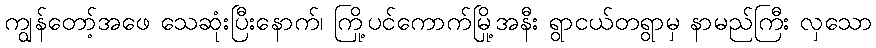
ကျွန်တော့်အဖေ သေဆုံးပြီးနောက်၊ ကြို့ပင်ကောက်မြို့အနီး ရွာငယ်တရွာမှ နာမည်ကြီး လှသော